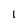
Character: 1